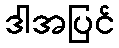
ဒါအပြင်